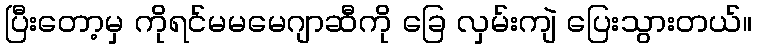
ပြီးတော့မှ ကိုရင်မမမေဂျာဆီကို ခြေ လှမ်းကျဲ ပြေးသွားတယ်။